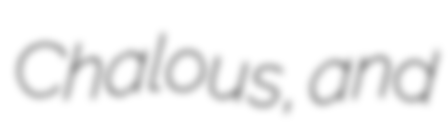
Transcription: Chalous, and